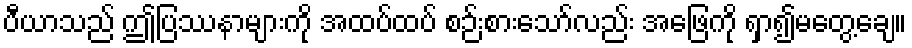
ပီယာသည် ဤပြဿနာများကို အထပ်ထပ် စဉ်းစားသော်လည်း အဖြေကို ရှာ၍မတွေ့ချေ။